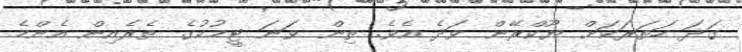
ގަދަ ހަތަރަކަށް ޔޫކްރޭން ވަދެ އެވެ. ތިން ވަނަ ޓީމުކުގެ ތެރެއިން އެންމެ